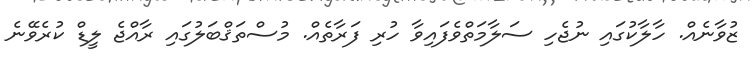
ޒުވާނެއް. ހާލާކުގައި ނުޖެހި ސަލާމަތްވެފައިވާ ހުރި ފަރާތެއް. މުސްތަޤްބަލުގައި ރާއްޖެ ލީޑް ކުރެވޭނެ